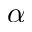
\alpha